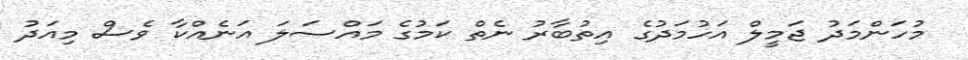
މުހަންމަދު ޖަމީލް އަހުމަދުގެ އިތުބާރު ނެތް ކަމުގެ މައްސަލަ އަނެއްކާ ވެސް މިއަދު